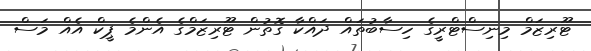
ޓޫރިޒަމް މިނިސްޓްރީގެ ހިސާބުތައް ދައްކާ ގޮތުން ޓޫރިޒަމްގެ އެންމެ ޕީކް އެއް މަސް